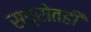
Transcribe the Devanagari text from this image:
स्त्रोतही